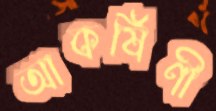
আকর্ষিণী